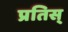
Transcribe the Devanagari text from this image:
प्रतिस्